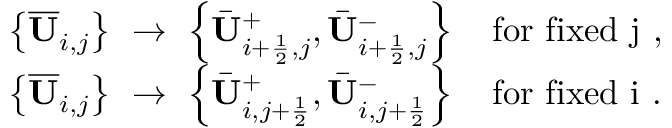
\begin{array} { r l } & { \left\{ \overline { { \mathbf { U } } } _ { i , j } \right\} ~ \to ~ \left\{ \bar { \mathbf { U } } _ { i + \frac 1 2 , j } ^ { + } , \bar { \mathbf { U } } _ { i + \frac 1 2 , j } ^ { - } \right\} \quad \mathrm { f o r ~ f i x e d ~ j ~ } , } \\ & { \left\{ \overline { { \mathbf { U } } } _ { i , j } \right\} ~ \to ~ \left\{ \bar { \mathbf { U } } _ { i , j + \frac 1 2 } ^ { + } , \bar { \mathbf { U } } _ { i , j + \frac 1 2 } ^ { - } \right\} \quad \mathrm { f o r ~ f i x e d ~ i ~ } . } \end{array}